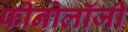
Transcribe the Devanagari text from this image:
फीनोलॉजी